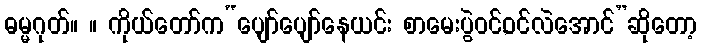
ဓမ္မဂုတ်။ ။ ကိုယ်တော်က“ပျော်ပျော်နေယင်း စာမေးပွဲဝင်,ဝင်လဲအောင်”ဆိုတော့